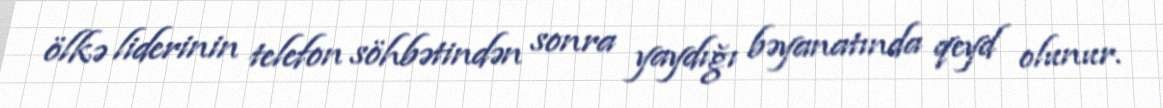
ölkə liderinin telefon söhbətindən sonra yaydığı bəyanatında qeyd olunur.